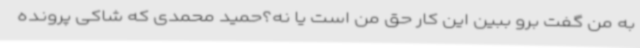
به من گفت برو ببین این کار حق من است یا نه؟حمید محمدی که شاکی پرونده